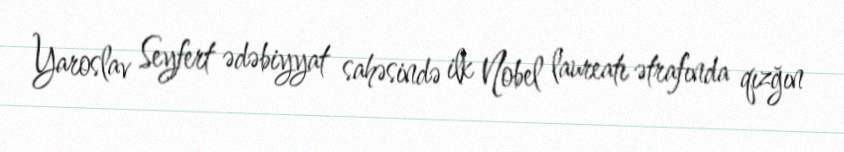
Yaroslav Seyfert ədəbiyyat sahəsində ilk Nobel laureatı ətrafında qızğın